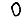
Digit: 0